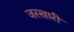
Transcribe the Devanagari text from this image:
जरखारी